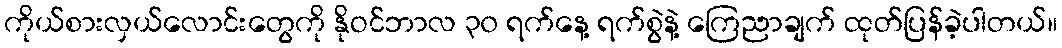
ကိုယ်စားလှယ်လောင်းတွေကို နိုဝင်ဘာလ ၃၀ ရက်နေ့ ရက်စွဲနဲ့ ကြေညာချက် ထုတ်ပြန်ခဲ့ပါတယ်။